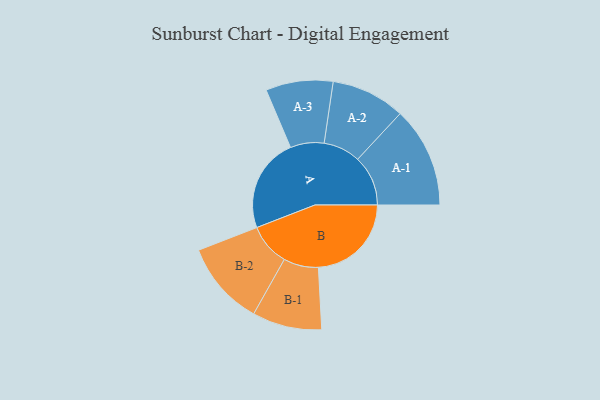
{"axis": {"x": "Segment", "y": "Value"}, "legend": ["", "A", "B"], "data": [{"x": "A", "y": 418, "type": ""}, {"x": "B", "y": 412, "type": ""}, {"x": "A-1", "y": 223, "type": "A"}, {"x": "A-2", "y": 164, "type": "A"}, {"x": "A-3", "y": 149, "type": "A"}, {"x": "B-1", "y": 154, "type": "B"}, {"x": "B-2", "y": 187, "type": "B"}]}